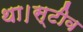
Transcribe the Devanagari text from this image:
था।स्टीव